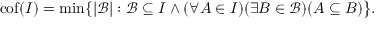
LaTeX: \mathrm { { c o f } } ( I ) = \operatorname* { m i n } \{ | { \mathcal { B } } | : { \mathcal { B } } \subseteq I \wedge ( \forall A \in I ) ( \exists B \in { \mathcal { B } } ) ( A \subseteq B ) { \big \} } .